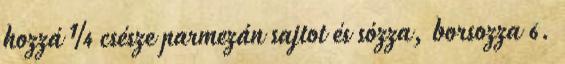
hozzá ¼ csésze parmezán sajtot és sózza, borsozza 6.